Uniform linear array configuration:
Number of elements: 16
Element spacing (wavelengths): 0.75
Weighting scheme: binomial
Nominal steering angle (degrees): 60
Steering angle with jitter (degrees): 60.388
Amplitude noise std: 0.05
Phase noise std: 0.05

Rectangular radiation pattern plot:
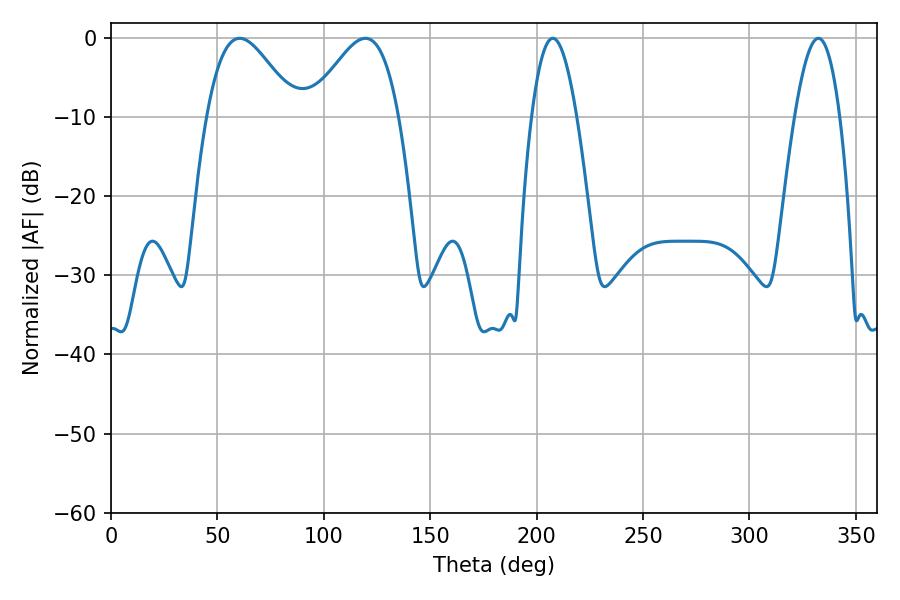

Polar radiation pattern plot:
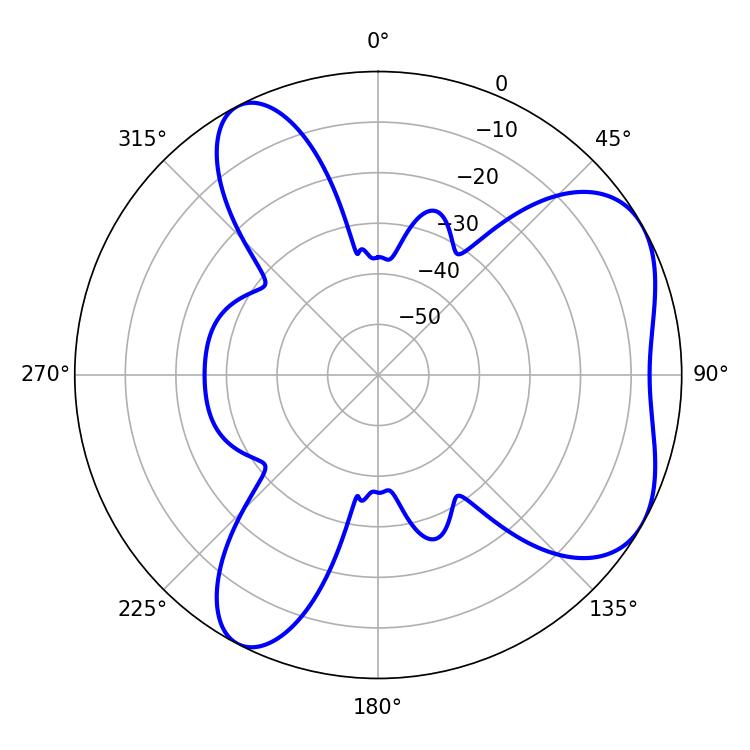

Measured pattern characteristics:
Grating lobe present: TRUE
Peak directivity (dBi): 5.415
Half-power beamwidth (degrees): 22.32
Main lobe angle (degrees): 60.48